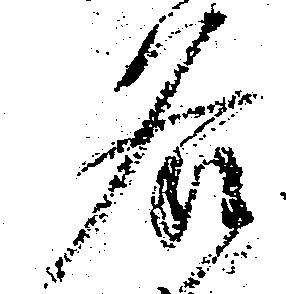
名